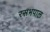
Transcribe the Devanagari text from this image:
रसभपाल